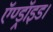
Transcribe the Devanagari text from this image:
ऍण्ड्रॉइड।